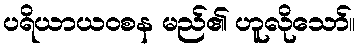
ပရိယာယဝစန မည်၏ ဟူလိုသော်။